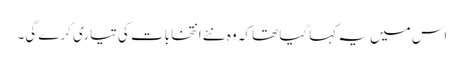
اس میں یہ کہا گیا تھا کہ وہ نئے انتخابات کی تیاری کرے گی۔